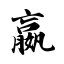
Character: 嬴